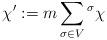
LaTeX: \begin{align*} \chi' := m \sum_{\sigma \in V} {}^{\sigma} \chi \end{align*}